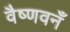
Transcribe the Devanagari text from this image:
वैष्णवनँ